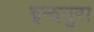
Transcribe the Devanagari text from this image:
इन्द्रपुरा